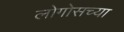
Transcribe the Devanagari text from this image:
लोगोसच्या